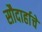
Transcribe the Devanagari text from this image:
सौदार्हाचे